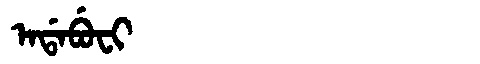
Manchu: ᠠᡩᠠᠪᡠᠸᡳ
Romanization: ADABUFI